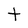
Character: t